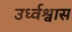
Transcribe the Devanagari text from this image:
उर्ध्वश्वास